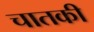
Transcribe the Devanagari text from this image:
चातकी